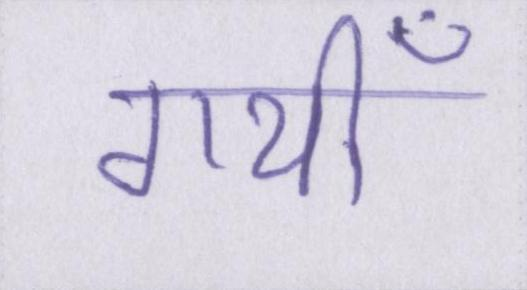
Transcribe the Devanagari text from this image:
गयीँ